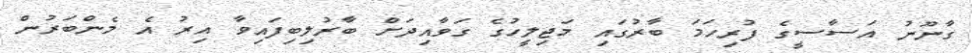
ގާނޫނު އަސާސީގެ ފުރިހަމަ ބާރުގައި މަޖިލީހުގެ ގަވާއިދަށް ބާރުލިބިފައިވާ އިރު އެ މެންބަރުން